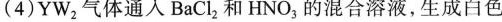
(4)YW_{2}气体通入BaCl_{2}和HNO_{3}的混合溶液，生成白色